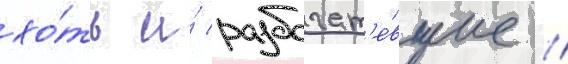
хо́ть и́ разбогат'е́вшие //